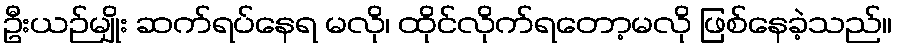
ဦးယဉ်မျိုး ဆက်ရပ်နေရ မလို၊ ထိုင်လိုက်ရတော့မလို ဖြစ်နေခဲ့သည်။